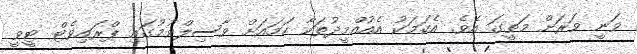
ވަނީ ވަރަށް މަތީގަ އެެވެ. އެކަމަކު އެއުއްމީދުތަކާ ހަމައަށް ވާސިލްވުމުގައި ޕްރައިވެޓް ޓީވީ